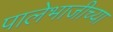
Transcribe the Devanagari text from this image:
पालेभाजीच्या